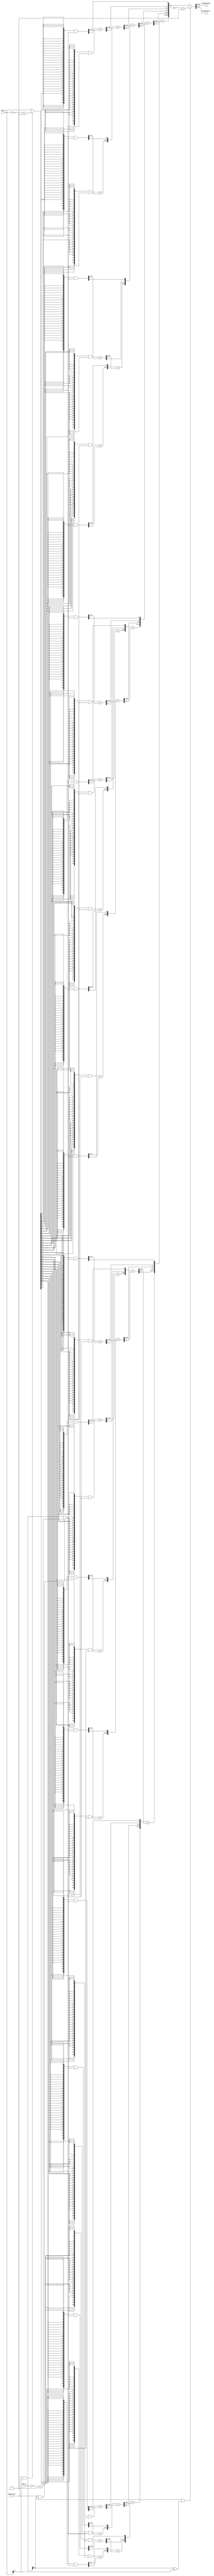
module multCalculate (
    input wire signed_mult,
    input wire[31:0] mult_a,
    input wire[31:0] mult_b,

    output wire[31:0] multResultHi,
    output wire[31:0] multResultLo
);
    wire [31:0] a_in;
    wire [31:0] b_in;
    wire int_signal;

    wire [31:0] wire_lv0[31:0];
    wire [33:0] wire_lv1[15:0];
    wire [36:0] wire_lv2[7:0];
    wire [41:0] wire_lv3[3:0];
    wire [50:0] wire_lv4[1:0];
    wire [63:0] wire_lv5;
    
    wire [63:0] wire_out;

    assign a_in = signed_mult & mult_a[31] == 1 ? ~mult_a + 1 : mult_a;
    assign b_in = signed_mult & mult_b[31] == 1 ? ~mult_b + 1 : mult_b;
    assign int_signal = mult_a[31] ^ mult_b[31];
    
    genvar i;
    generate
        for (i = 0; i < 32; i = i + 1)
        begin : lv0
            assign wire_lv0[i] = {32{b_in[i]}} & a_in;
        end
    endgenerate
    
    generate
        for (i = 0; i < 16; i = i + 1)
        begin : lv1
            assign wire_lv1[i] = {{{1'b0, wire_lv0[2 * i + 1]} + {2'b00, wire_lv0[2 * i][31:1]}}, wire_lv0[2 * i][0]};
        end
    endgenerate

    generate
        for (i = 0; i < 8; i = i + 1)
        begin : lv2
            assign wire_lv2[i] = {{{1'b0, wire_lv1[2 * i + 1]} + {3'b000, wire_lv1[2 * i][33:2]}}, wire_lv1[2 * i][1:0]};
        end
    endgenerate

    generate
        for (i = 0; i < 4; i = i + 1)
        begin : lv3
            assign wire_lv3[i] = {{{1'b0, wire_lv2[2 * i + 1]} + {5'b00000, wire_lv2[2 * i][36:4]}}, wire_lv2[2 * i][3:0]};
        end
    endgenerate

    assign wire_lv4[0] = {{{1'b0, wire_lv3[1]} + {9'h0, wire_lv3[0][41:8]}}, wire_lv3[0][7:0]};
    assign wire_lv4[1] = {{{1'b0, wire_lv3[3]} + {9'h0, wire_lv3[2][41:8]}}, wire_lv3[2][7:0]};

    assign wire_lv5 = {{wire_lv4[1][47:0] + {13'h0, wire_lv4[0][50:16]}}, wire_lv4[0][15:0]};
    
    assign wire_out = signed_mult & int_signal ? ~wire_lv5 + 1 : wire_lv5;
    assign multResultHi = wire_out[63:32];
    assign multResultLo = wire_out[31:0];
endmodule